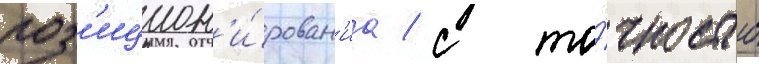
поз'ицион'и́рован'иа / с то́чностью